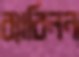
ব্যাবিলন